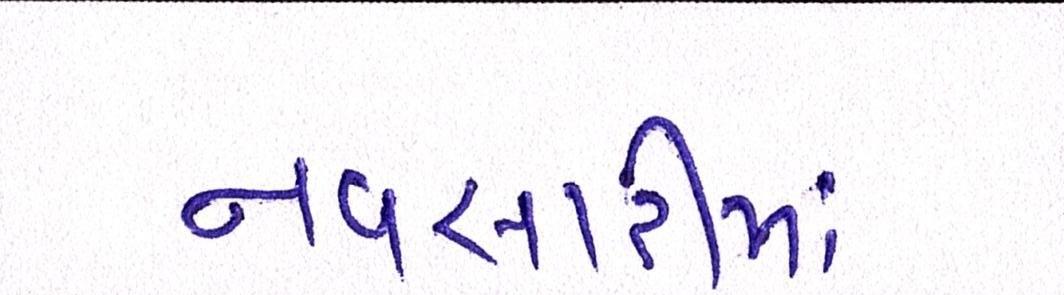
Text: નવસારીમાં